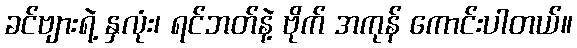
ခင်ဗျားရဲ့ နှလုံး၊ ရင်ဘတ်နဲ့ ဗိုက် အကုန် ကောင်းပါတယ်။